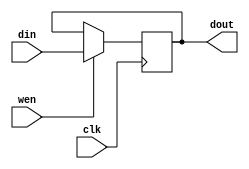
`timescale 1ns / 1ps
//////////////////////////////////////////////////////////////////////////////////
// Company: 
// Engineer: 
// 
// Design Name: 
// Module Name: PC
// Project Name: 
// Target Devices: 
// Tool Versions: 
// Description: 
// 
// Dependencies: 
// 
// Revision:
// Revision 0.01 - File Created
// Additional Comments:
// 
//////////////////////////////////////////////////////////////////////////////////

/*
    ================================   PC module   ================================
    Author:         Wintermelon
    Last Edit:      2022.4.20

    This is a special register.
    The initial number is 3000.
    Synchronous setting number, never reset.  
*/


module PC 
(
    input [31 : 0] din,             // data input
    input clk, wen,                 // control signals
    output reg [31 : 0] dout        // data output and storage
);
    initial begin
        dout <= 32'h3000;
    end
    always @(posedge clk) begin 
        if (wen) begin
            dout <= din;
        end
            
    end
endmodule